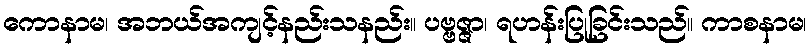
ကောနာမ၊ အဘယ်အကျင့်နည်းသနည်း။ ပဗ္ဗဇ္ဇာ၊ ရဟန်းပြုခြင်းသည်။ ကာစနာမ၊